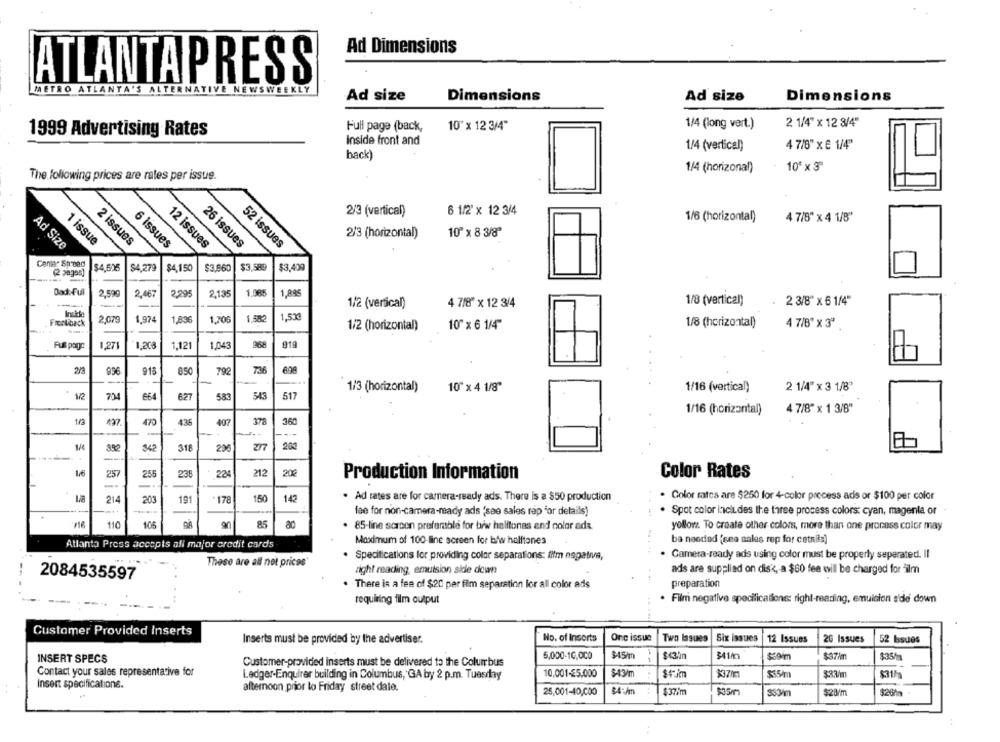
Ad Dimensions
ATLANTAPRESS
METRO ATLANTA'S ALTERNATIVE NEWSWEEKLY
Ad size
Dimensions
Dimensions
Ad size
Full page (back,
10"x 12 3/4"
1/4 (long vert.)
2 1/4" x 12 3/4"
1999 Advertising Rates
inside front and
1/4 (vertical)
4 7/8" x € 1/4"
back)
1/4 (horizonal)
- 10 x 3"
The following prices are rales per issue.
2/3 (vertical)
6 1/2' x 12 3/4
1/6 (horizontal)
4 7/8" x 4 1/8"
2/3 (horizontal)
10" x 8 3/8"
1 issue
2 issues
6 issues
12 issues
26 issues
52 issues
Ad Size
$4,695
S4 279
$4.150
$3,660
$3,589
$3.439
(2 pages)
Dad:Full
2,590
2,467
2995
2.135
1.085
1,895
-
1/2 (vertical)
4 7/8" × 12 3/4
1/8 (vertical)
. 2 3/8" x 6 1/4"
Inuse
2,070
1,974
1,836
1,706
1.582
1,53€
Frontiback
1/2 (horizontal)
10" x 6 1/4"
1/8 (horizontal)
4 7/8" x 3"
Pus page
1,271
1,121
1.043
268
919
2/3
956
915
850
792
73
1/3 (horizontal)
10" x 4 1/8"
1/16 (vertical)
2 1/4" x 3 1/8"
1/2
734
664
627
583
543
517
1/16 (horizontal)
4 7/8" x 1 3/8"
1/3
470
435
407
378
360
277
342
318
---
16
257
255
23F
224
212
202
Color Rates
Production Information
150
Ad rates are for camera-ready ads. There is a $50 production
. Color rates are $250 for 4-color process ads or $100 per color
214
203
191
178
142
fee for non-camera-ready ads 'see sales rep "or details)
. Spot color includes the three process colors: cyan, magenta or
110
106
98
90
85
80
85-line scrcon preferable for bie helitones and color ad&.
yellowz. To create other colors, more than one process color may
Maximum of 100-line screen for biw halftones
ba needed (see sales rep for cetnils)
Atlanta Press accepts all major credit cards
· Specifications for providing color separations: fifm negativa,
. Camera-ready ads using color must be properly separated. Il
These are all not prices
right reading, emulsion side down
ads are supplied on dis's, a $60 fee will be charged for ilm
2084535597
There is a fee of $20 per film separation for all color ads
preparation
requiring film output
. Film negative specifications: right-reading, emulsion side down
Customer Provided Inserts
No. of Inserts
One issue
Two Issues
Six issues
12 Issues
20 Issues
52 bsues
Inserts must be provided by the advertiser.
$450
INSERT SPECS
5,000-1C,OCO
$37/m
$35h
Customer-provided inserts must be delivered to the Columbus
Contact your sales representative for
Ledger-Enquirer building in Columbus, GA by 2 p.m. Tuesday
10.001-25.000
$43/m
555/m
$33/m
$31/
Insert specifications.
afternoon prior to Friday street dale.
34 Am
$37/m
$35m
25,001-40,000
$33/m
$28/m